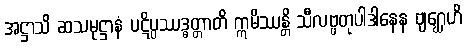
အဋ္ဌာသိ ဆသမုဋ္ဌာနံ ပဋိပ္ပဿဒ္ဓတ္တာတိ ဣမိဿန္တိ သီလဗ္ဗတုပါဒါနေန ဗျဂ္ဃေဟိ